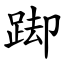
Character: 踋